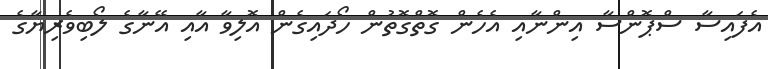
އެފައިސާ ސްޕޮންސާ އިންނާއި އެހެން ގޮތްގޮތުން ހޯދައިގެން އޮލިވާ އާއި އޭނާގެ ލޯބިވެރިޔާގެ